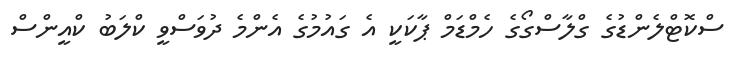
ސްކޮޓްލެންޑުގެ ގްލާސްގޯގެ ހެމްޑަމް ޕާކަކީ އެ ގައުމުގެ އެންމެ ދުވަސްވީ ކްލަބު ކްއީންސް